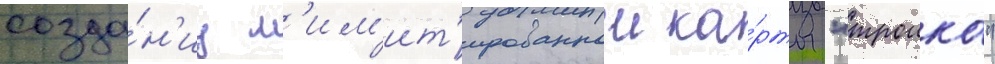
созда́н'иу л'им'ит'ированнои ка́рты "троика"